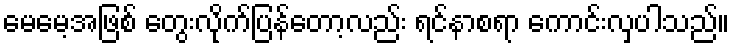
မေမေ့အဖြစ် တွေးလိုက်ပြန်တော့လည်း ရင်နာစရာ ကောင်းလှပါသည်။